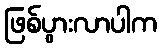
ဖြစ်ပွားလာပါက